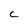
Character: c